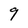
Character: 9